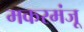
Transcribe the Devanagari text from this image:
मकरमंजू